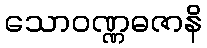
သောဝဏ္ဏဓဇာနိ